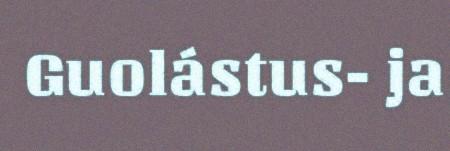
Guolástus- ja